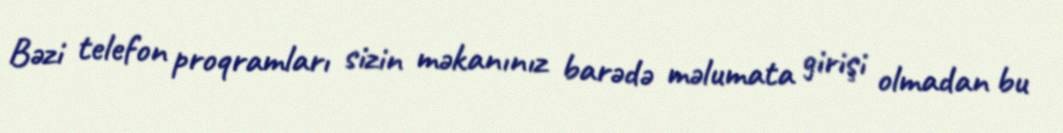
Bəzi telefon proqramları sizin məkanınız barədə məlumata girişi olmadan bu